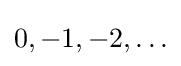
0,-1,-2,\ldots